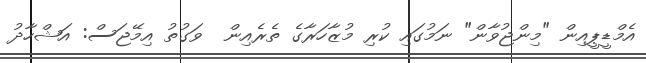
އެމްޑީޕީއިން "މިންޖުވާން" ނަމުގައި ކުރި މުޒާހަރާގެ ތެރެއިން  ވަގުތު އިމޭޖަސް: އަޝްހާދު